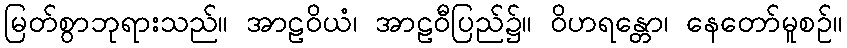
မြတ်စွာဘုရားသည်။ အာဠဝိယံ၊ အာဠဝီပြည်၌။ ဝိဟရန္တော၊ နေတော်မူစဉ်။